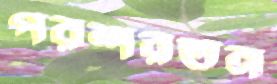
পরশরতন